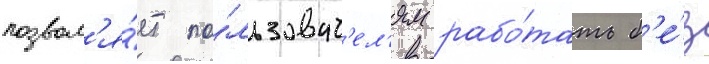
позвол'я́ет по́льзоват'ел'ям рабо́тать б'е́з